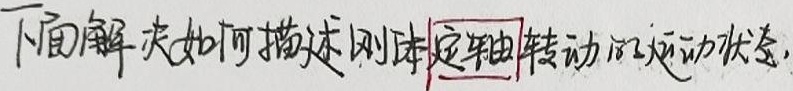
下面解决如何描述刚体定轴转动的运动状态.